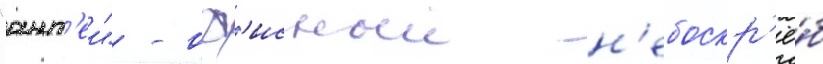
"ант'еи" - оф'исныи н'ебоскр'ё́б